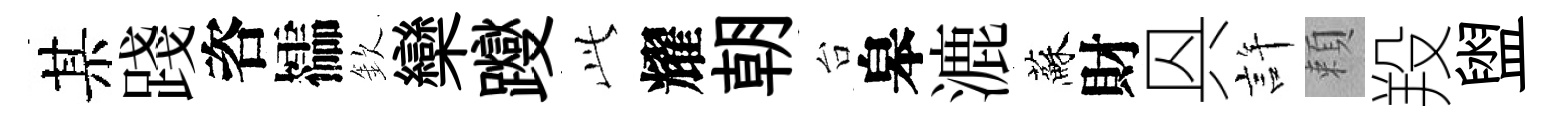
某踐咨櫺欽欒躞𬼘耀朝台皋漉蘇財㒷許頼羖盥